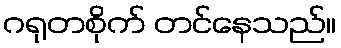
ဂရုတစိုက် တင်နေသည်။